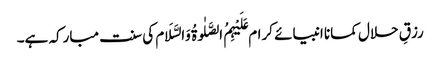
رزقِ حلال کمانا انبیائے کرام عَلَیْہِمُ الصَّلٰوۃُ وَالسَّلَام کی سنت مبارکہ ہے۔